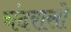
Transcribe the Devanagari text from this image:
चंदरासो